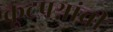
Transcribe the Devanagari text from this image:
कूटप्रश्नांची